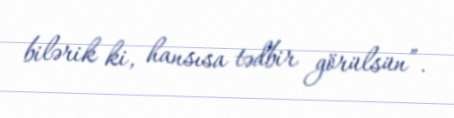
bilərik ki, hansısa tədbir görülsün”.